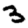
Digit: 3